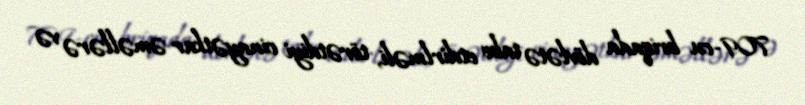
709-cu briqada dövlətə tabe etdirlməli, törətdiyi cinayətkar əməllərə və